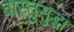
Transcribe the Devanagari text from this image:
वास्तुसुद्धा